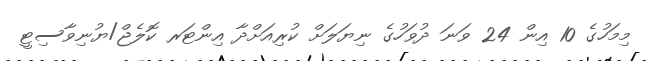
މިމަހުގެ 10 އިން 24 ވަނަ ދުވަހުގެ ނިޔަލަށް ކުރިއަށްދާ އިންޓަރ ކޮލެޖް/ޔުނިވާސިޓީ